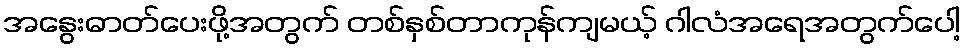
အနွေးဓာတ်ပေးဖို့အတွက် တစ်နှစ်တာကုန်ကျမယ့် ဂါလံအရေအတွက်ပေါ့